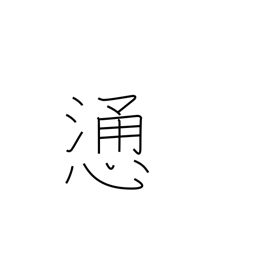
Meaning: direct